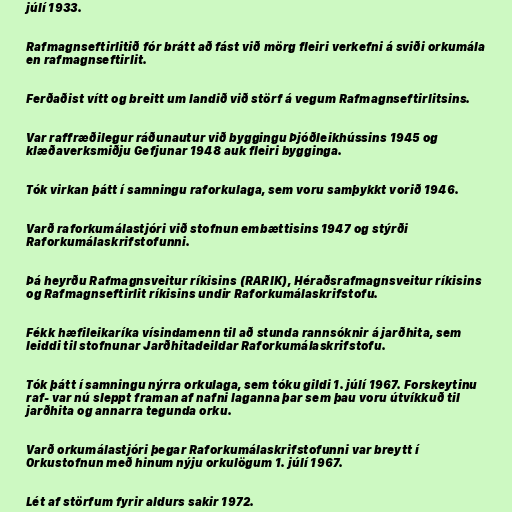
júlí 1933.

Rafmagnseftirlitið fór brátt að fást við mörg fleiri verkefni á sviði orkumála
en rafmagnseftirlit.

Ferðaðist vítt og breitt um landið við störf á vegum Rafmagnseftirlitsins.

Var raffræðilegur ráðunautur við byggingu Þjóðleikhússins 1945 og
klæðaverksmiðju Gefjunar 1948 auk fleiri bygginga.

Tók virkan þátt í samningu raforkulaga, sem voru samþykkt vorið 1946.

Varð raforkumálastjóri við stofnun embættisins 1947 og stýrði
Raforkumálaskrifstofunni.

Þá heyrðu Rafmagnsveitur ríkisins (RARIK), Héraðsrafmagnsveitur ríkisins
og Rafmagnseftirlit ríkisins undir Raforkumálaskrifstofu.

Fékk hæfileikaríka vísindamenn til að stunda rannsóknir á jarðhita, sem
leiddi til stofnunar Jarðhitadeildar Raforkumálaskrifstofu.

Tók þátt í samningu nýrra orkulaga, sem tóku gildi 1. júlí 1967. Forskeytinu
raf- var nú sleppt framan af nafni laganna þar sem þau voru útvíkkuð til
jarðhita og annarra tegunda orku.

Varð orkumálastjóri þegar Raforkumálaskrifstofunni var breytt í
Orkustofnun með hinum nýju orkulögum 1. júlí 1967.

Lét af störfum fyrir aldurs sakir 1972.